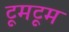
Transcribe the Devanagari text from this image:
टूमटूम